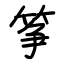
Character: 筝